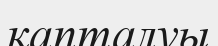
қапталуы